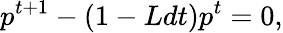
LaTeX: p^{t+1}-(1-Ldt)p^{t}=0,